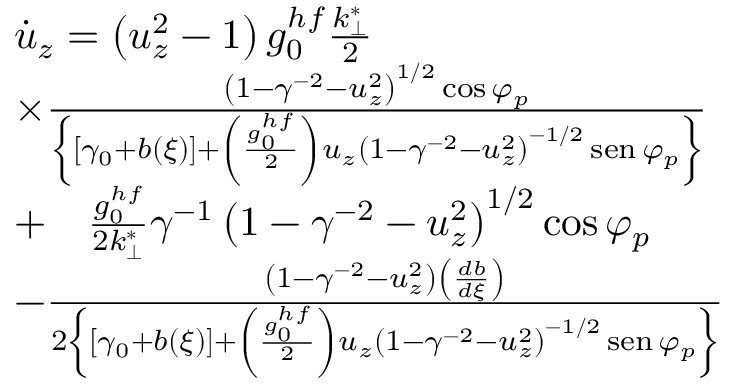
\begin{array} { r l } & { \dot { u } _ { z } = \left( u _ { z } ^ { 2 } - 1 \right) g _ { 0 } ^ { h f } \frac { k _ { \perp } ^ { * } } { 2 } } \\ & { \times \frac { \left( 1 - \gamma ^ { - 2 } - u _ { z } ^ { 2 } \right) ^ { 1 / 2 } \cos \varphi _ { p } } { \left\{ \left[ \gamma _ { 0 } + b ( \xi ) \right] + \left( \frac { g _ { 0 } ^ { h f } } { 2 } \right) u _ { z } \left( 1 - \gamma ^ { - 2 } - u _ { z } ^ { 2 } \right) ^ { - 1 / 2 } \operatorname { s e n } \varphi _ { p } \right\} } } \\ & { + \quad \frac { g _ { 0 } ^ { h f } } { 2 k _ { \perp } ^ { * } } \gamma ^ { - 1 } \left( 1 - \gamma ^ { - 2 } - u _ { z } ^ { 2 } \right) ^ { 1 / 2 } \cos \varphi _ { p } } \\ & { - \frac { \left( 1 - \gamma ^ { - 2 } - u _ { z } ^ { 2 } \right) \left( \frac { d b } { d \xi } \right) } { 2 \left\{ \left[ \gamma _ { 0 } + b ( \xi ) \right] + \left( \frac { g _ { 0 } ^ { h f } } { 2 } \right) u _ { z } \left( 1 - \gamma ^ { - 2 } - u _ { z } ^ { 2 } \right) ^ { - 1 / 2 } \operatorname { s e n } \varphi _ { p } \right\} } } \end{array}